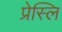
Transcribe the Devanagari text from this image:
प्रेस्लि